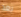
بعد